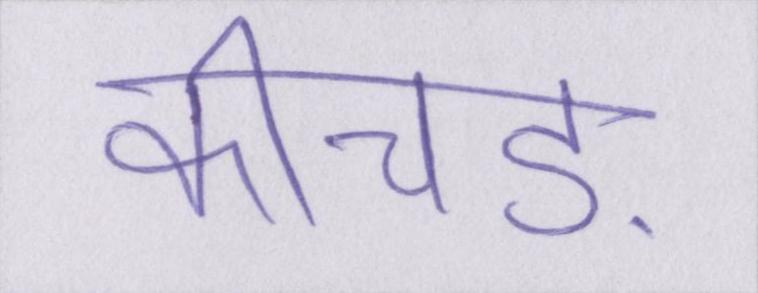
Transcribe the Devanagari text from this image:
कीचड़